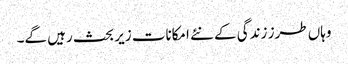
وہاں طرز زندگی کے نئے امکانات زیر بحث رہیں گے۔